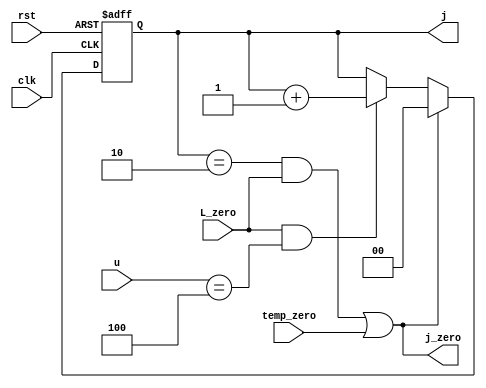
module J_count_L7(u,L_zero,clk,rst,j,j_zero,temp_zero);
input L_zero,rst,clk,temp_zero;
input [2:0] u;
output reg  [1:0] j;
output wire j_zero;
always @ (posedge clk or negedge rst)
	begin
		if (!rst )
			 j<=0;  
	//	else if (temp_counter&&!temp_zero);	
		else if((j==2 && L_zero)||temp_zero)
			j<=0;
		else if(L_zero && u==4)
			 j<=j+2'b01;  
	end
assign j_zero=(j==2 && L_zero)||temp_zero;

endmodule